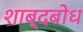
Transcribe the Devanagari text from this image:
शाब्दबोध